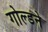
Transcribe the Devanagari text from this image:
गोल्डने